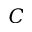
C